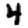
Digit: 4